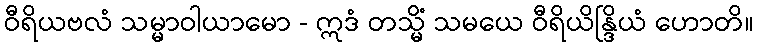
ဝီရိယဗလံ သမ္မာဝါယာမော - ဣဒံ တသ္မိံ သမယေ ဝီရိယိန္ဒြိယံ ဟောတိ။